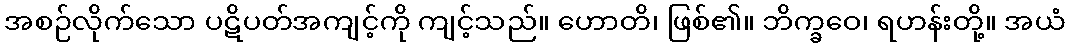
အစဉ်လိုက်သော ပဋိပတ်အကျင့်ကို ကျင့်သည်။ ဟောတိ၊ ဖြစ်၏။ ဘိက္ခဝေ၊ ရဟန်းတို့။ အယံ